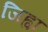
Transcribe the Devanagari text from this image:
जिह्वां